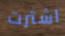
اشترت